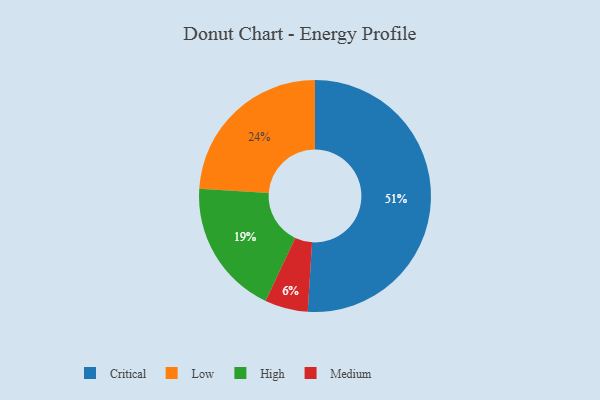
{"axis": {"x": "Category", "y": "Percentage"}, "legend": ["Critical", "High", "Low", "Medium"], "data": [{"x": "High", "y": 19, "type": "High"}, {"x": "Medium", "y": 6, "type": "Medium"}, {"x": "Critical", "y": 51, "type": "Critical"}, {"x": "Low", "y": 24, "type": "Low"}]}